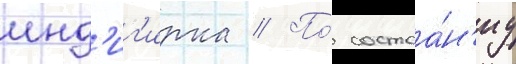
инд'иг'ирка // По́ состоа́н'иу